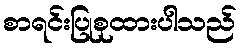
စာရင်းပြုစုထားပါသည်